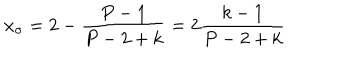
x _ { \sigma } = 2 - \frac { P - 1 } { P - 2 + k } = 2 \frac { k - 1 } { P - 2 + k }